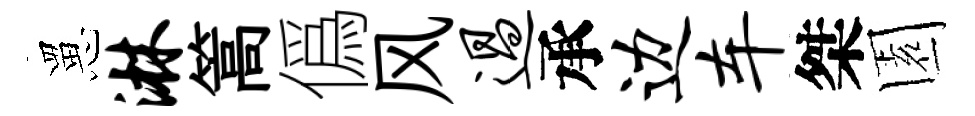
罳淋篙僞风过承边车桀園